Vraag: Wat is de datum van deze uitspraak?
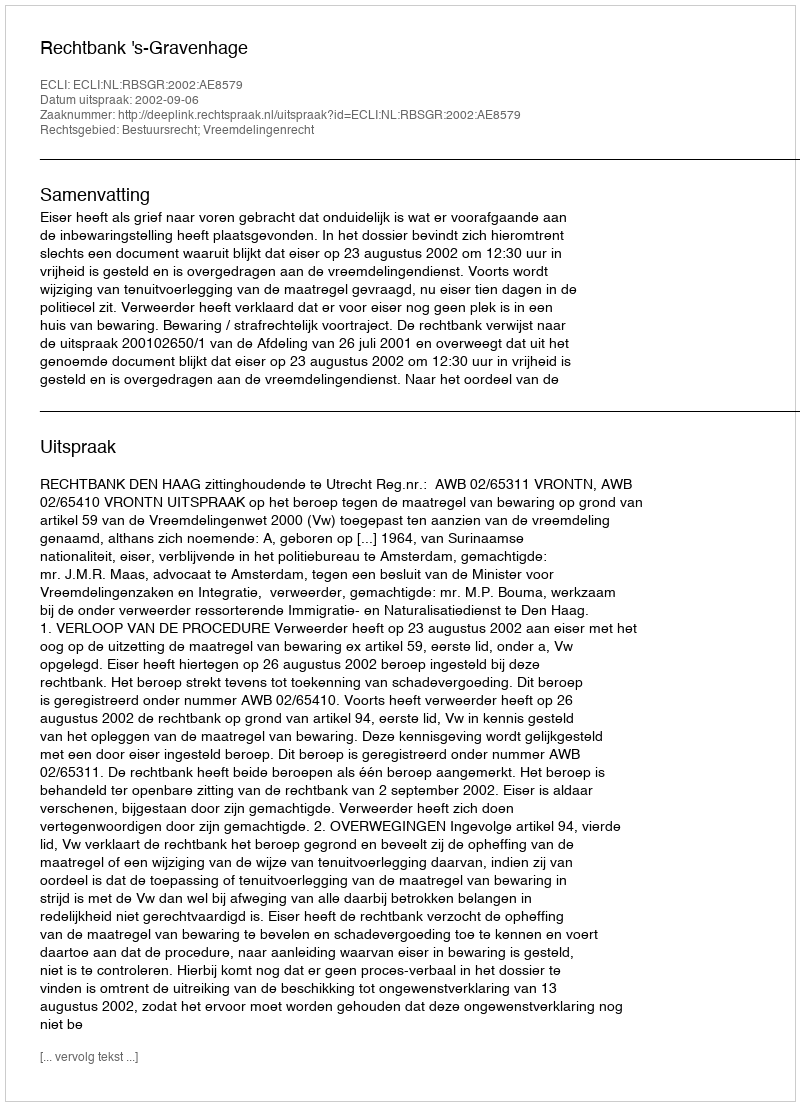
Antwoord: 2002-09-06